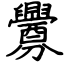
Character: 釁